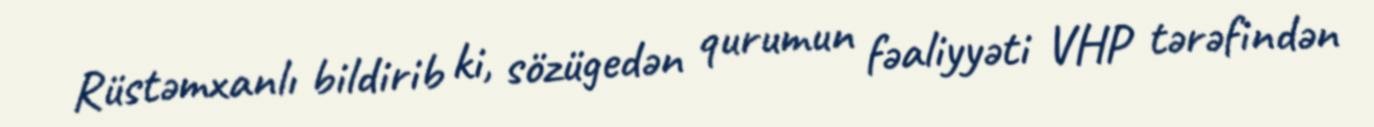
Rüstəmxanlı bildirib ki, sözügedən qurumun fəaliyyəti VHP tərəfindən